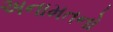
અનામતનો